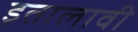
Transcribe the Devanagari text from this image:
इतालावी